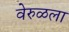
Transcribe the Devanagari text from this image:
वेरुळला